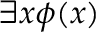
\exists x \phi ( x )